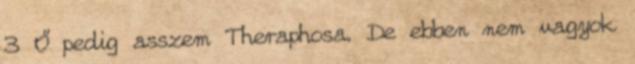
3 Ő pedig asszem Theraphosa. De ebben nem vagyok